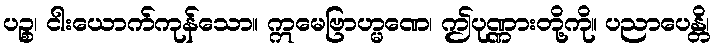
ပဉ္စ၊ ငါးယောက်ကုန်သော။ ဣမေဗြာဟ္မဏေ၊ ဤပုဏ္ဏားတို့ကို။ ပညာပေန္တိ၊